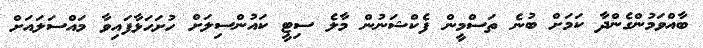
ބާއްވަމުންގެންދާ ކަމަށް ބުނެ ތަސްމީން ފެކްޝަނުން މާލެ ސިޓީ ކައުންސިލަށް ހުށަހަޅާފައިވާ މައްސަލައަށް